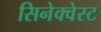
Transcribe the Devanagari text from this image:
सिनेक्वेस्ट